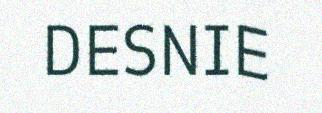
DESNIE